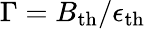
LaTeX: \Gamma=B_{\mathrm{th}}/\epsilon_{\mathrm{th}}